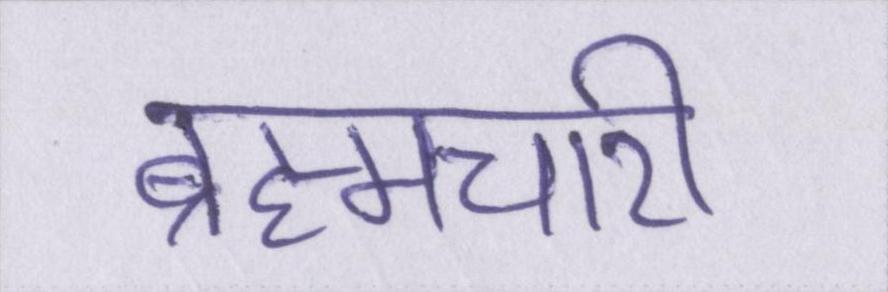
ब्रह्मचारी